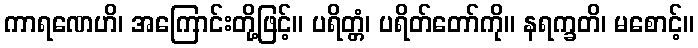
ကာရဏေဟိ၊ အကြောင်းတို့ဖြင့်။ ပရိတ္တံ၊ ပရိတ်တော်ကို။ နရက္ခတိ၊ မစောင့်။